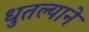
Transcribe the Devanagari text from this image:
धुतल्याने